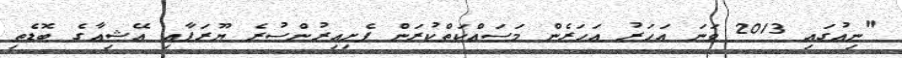
"ނިއުގައި 2013 ވަނަ އަހަަރު އަހަރެން މަސައްކަތްކުރަން ފެށިއިރުންސުރެ ޔޫރަޕާއި އޭޝިއާގެ ބޮޑެތި